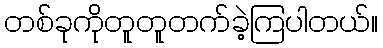
တစ်ခုကိုတူတူတက်ခဲ့ကြပါတယ်။